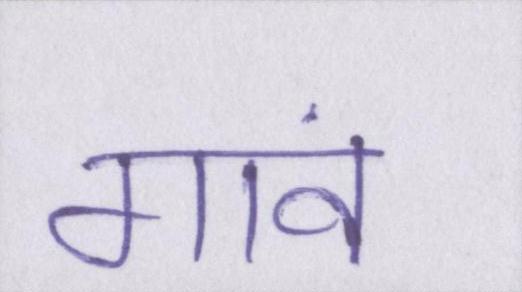
गावं